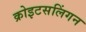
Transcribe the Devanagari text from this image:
क्रोइटसलिंगन